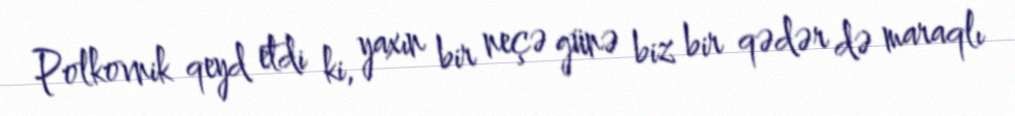
Polkovnik qeyd etdi ki, yaxın bir neçə günə biz bir qədər də maraqlı